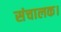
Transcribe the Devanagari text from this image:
संचालक।